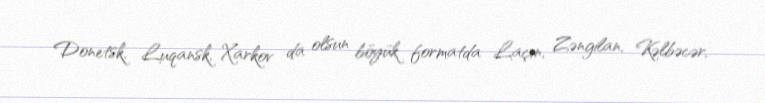
Donetsk, Luqansk, Xarkov da olsun böyük formatda Laçın, Zəngilan, Kəlbəcər,